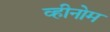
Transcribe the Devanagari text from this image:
व्हीनोम